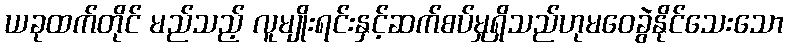
ယခုထက်တိုင် မည်သည့် လူမျိုးရင်းနှင့်ဆက်စပ်မှုရှိသည်ဟုမဝေခွဲနိုင်သေးသော